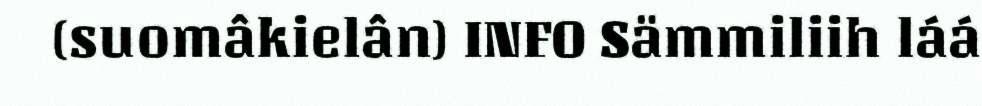
(suomâkielân) INFO Sämmiliih láá